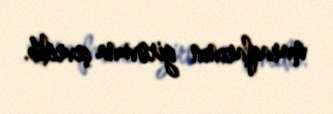
maraqlarının girovuna çevrilib.